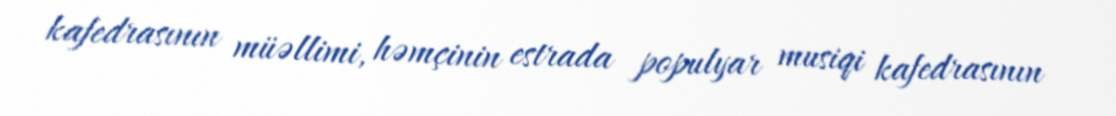
kafedrasının müəllimi, həmçinin estrada populyar musiqi kafedrasının